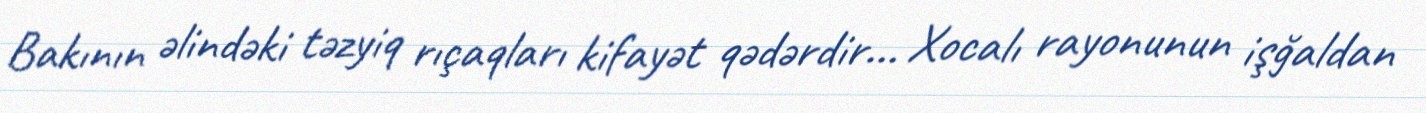
Bakının əlindəki təzyiq rıçaqları kifayət qədərdir... Xocalı rayonunun işğaldan